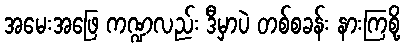
အမေးအဖြေ ကဏ္ဍလည်း ဒီမှာပဲ တစ်စခန်း နားကြစို့